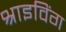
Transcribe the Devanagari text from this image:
श्राइविंग